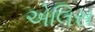
એલિસ